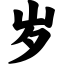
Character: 岁